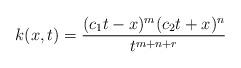
LaTeX: \begin{align*}k(x,t)= \frac{(c_1t -x)^m(c_2t + x)^n}{t^{m+n+r}}\end{align*}